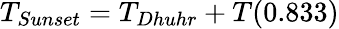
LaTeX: T_{Sunset}=T_{Dhuhr}+T(0.833)